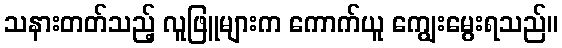
သနားတတ်သည့် လူဖြူများက ကောက်ယူ ကျွေးမွေးရသည်။